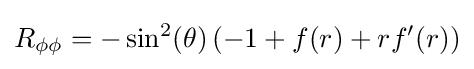
R_{\phi \phi }=-\sin ^{2}(\theta )\left(-1+f(r)+rf'(r)\right)